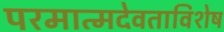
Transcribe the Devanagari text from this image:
परमात्मदेवताविशेष